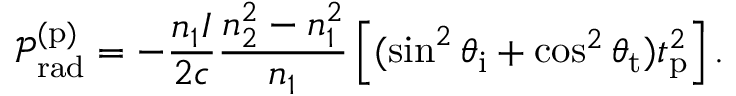
\mathcal { P } _ { \mathrm { r a d } } ^ { ( \mathrm { p } ) } = - \frac { n _ { 1 } I } { 2 c } \frac { n _ { 2 } ^ { 2 } - n _ { 1 } ^ { 2 } } { n _ { 1 } } \left[ ( \sin ^ { 2 } \theta _ { \mathrm { i } } + \cos ^ { 2 } \theta _ { \mathrm { t } } ) t _ { \mathrm { p } } ^ { 2 } \right] .